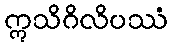
ဣသိဂိလိပဿံ